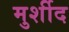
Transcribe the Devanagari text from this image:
मुर्शीद